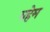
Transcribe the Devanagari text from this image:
वहेम